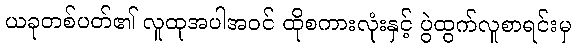
ယခုတစ်ပတ်၏ လူထုအပါအဝင် ထိုစကားလုံးနှင့် ပွဲထွက်လူစာရင်းမှ